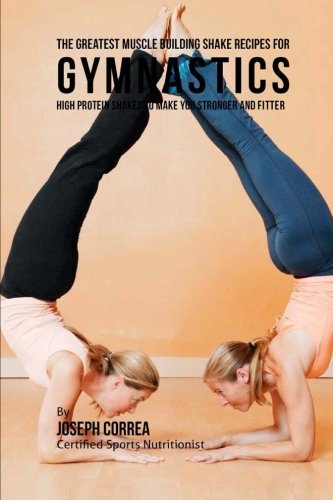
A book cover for The Greatest Muscle Building Shake Recipes for Gymnastics: High Protein Shakes to Make You Stronger and Fitter; Joseph Correa (Certified Sports Nutritionist); Sports & Outdoors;